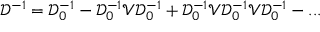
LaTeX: { \mathcal D } ^ { - 1 } = { \mathcal D } _ { 0 } ^ { - 1 } - { \mathcal D } _ { 0 } ^ { - 1 } { \mathcal V } { \mathcal D } _ { 0 } ^ { - 1 } + { \mathcal D } _ { 0 } ^ { - 1 } { \mathcal V } { \mathcal D } _ { 0 } ^ { - 1 } { \mathcal V } { \mathcal D } _ { 0 } ^ { - 1 } - . . .